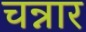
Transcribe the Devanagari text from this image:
चन्नार